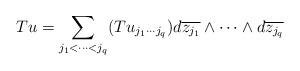
LaTeX: \begin{align*} Tu=\sum\limits_{j_1<\cdots<j_q}(Tu_{j_1\cdots j_q})d\overline{z_{j_1}}\wedge\cdots\wedge d\overline{z_{j_q}}\end{align*}